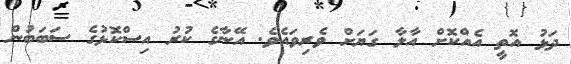
ދަޅު އޮތީ އެއްކޮށް އާލާ ގަޔަށް ވެރިވައެވެ. އޭނާގެ ކުރު އިސްކޮޅުގެ ސަބަބުން